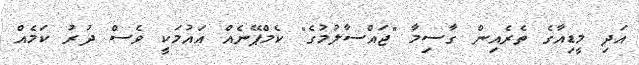
އަދި މީޑިއާގެ ތެރެއިން ގާސިމާ "ޖައްސާލުމުގެ" ކެމްޕޭނެއް އައުމަކީ ވެސް ދުރު ކަމެއް